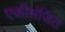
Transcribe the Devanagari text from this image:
एकीभंजित